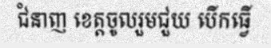
ជំនាញ ខេត្តចូលរួមជួយ បើកធ្វើ